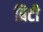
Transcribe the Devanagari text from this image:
ब्रिटी